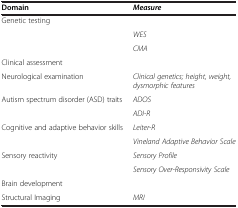
| Domain | Measure |
 | --- | --- |
 | <COLSPAN=2> Genetic testing |
 | <ROWSPAN=2>  | WES |
 | CMA |
 | <COLSPAN=2> Clinical assessment |
 | Neurological examination | Clinical genetics; height, weight, dysmorphic features |
 | Autism spectrum disorder (ASD) traits | ADOS |
 |  | ADI-R |
 | Cognitive and adaptive behavior skills | Leiter-R |
 |  | Vineland Adaptive Behavior Scale |
 | Sensory reactivity | Sensory Profile |
 |  | Sensory Over-Responsivity Scale |
 | Brain development |  |
 | Structural Imaging | MRI |